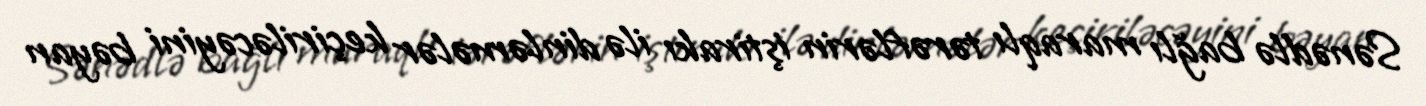
Sənədlə bağlı maraqlı tərəflərin iştirakı ilə dinləmələr keçiriləcəyini bəyan